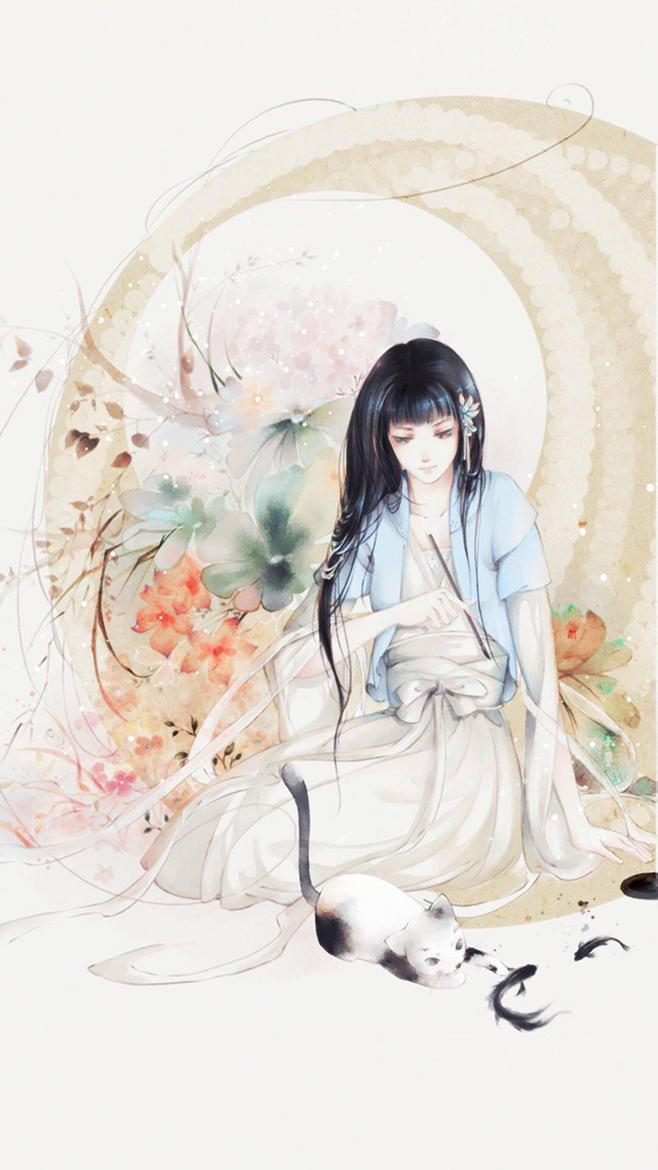
一春不识西湖面。翠羞红倦。